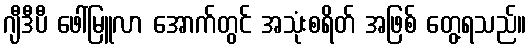
ဂျီဒီပီ ဖေါ်မြူလာ အောက်တွင် အသုံးစရိတ် အဖြစ် တွေ့ရသည်။